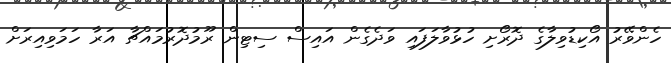
ހެންވޭރު އޯކިޑުވިލާގެ ދޮރޯށި ހުޅުވާލަފައި ވަދެގެން އައިސް ސިޓިން ރޫމުދޮރުމައްޗާ އަރާ ހަމަވިއިރަށް